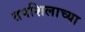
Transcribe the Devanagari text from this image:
तपशिलाच्या